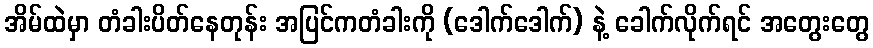
အိမ်ထဲမှာ တံခါးပိတ်နေတုန်း အပြင်ကတံခါးကို (ဒေါက်ဒေါက်) နဲ့ ခေါက်လိုက်ရင် အတွေးတွေ